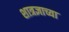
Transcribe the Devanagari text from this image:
शात्रज्ञाच्या